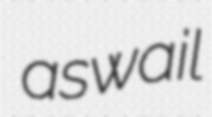
aswail